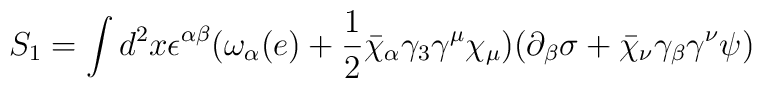
S_1=\int d^2 x\epsilon^{\alpha\beta}(\omega_\alpha(e)+\frac{1}{2}\bar\chi_\alpha\gamma_3\gamma^\mu\chi_\mu)(\partial_\beta\sigma+\bar\chi_\nu\gamma_\beta\gamma^\nu\psi)